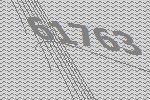
61763